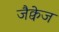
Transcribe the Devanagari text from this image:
जैक्वेज